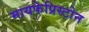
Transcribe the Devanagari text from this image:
मायफेप्रिस्टोन